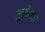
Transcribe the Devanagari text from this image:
सूचीबन्ध